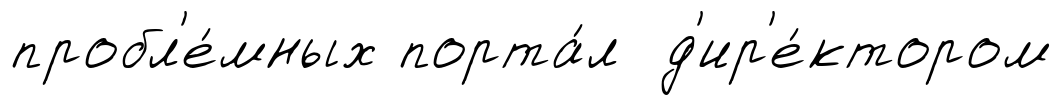
пробл'е́мных порта́л д'ир'е́ктором